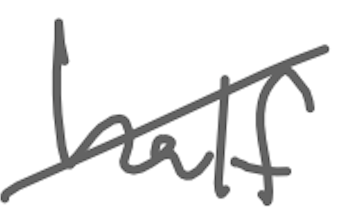
Text: half
Cross-out: diagonal
Writing tool: digital_gray